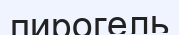
пирогель